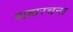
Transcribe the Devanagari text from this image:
बाह्यरचना